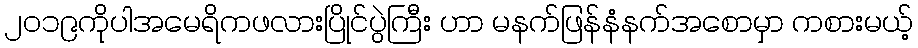
၂၀၁၉ကိုပါအမေရိကဖလားပြိုင်ပွဲကြီး ဟာ မနက်ဖြန်နံနက်အစောမှာ ကစားမယ့်